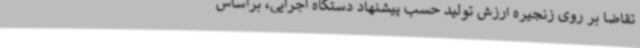
تقاضا بر روی زنجیره ارزش تولید حسب پیشنهاد دستگاه اجرایی، براساس